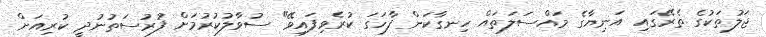
ޖަލުތަކުގެ ތެރޭގައި އަނިޔާގެ މައްސަލަތައް ހިނގާކަން ފާހަގަ ކުރެވިފައިވޭ" ސުވާލުކުރުމަށް ފުރުސަތުނުދީ ކުރިއަށް